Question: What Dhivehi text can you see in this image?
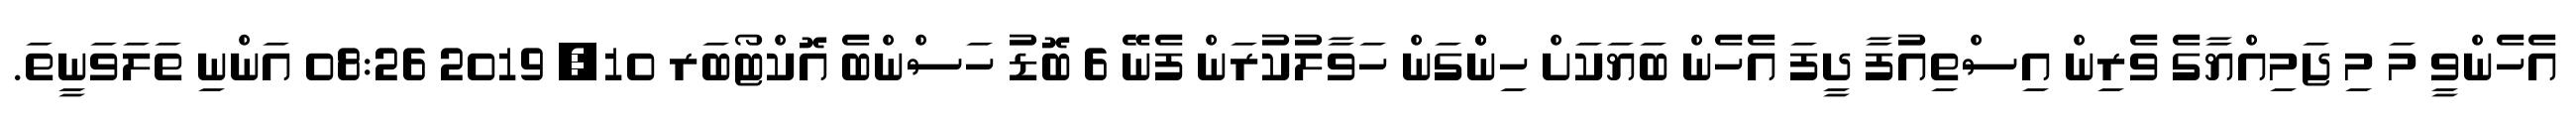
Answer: އެހެންވީ މަ މި ޖަމިއްޔާގެ ވެރިން އިސްތިއުފާ ދީފަ އެހެން ބަޔަކަށް ހިންްގަން ހަވާލުކުރަން ފެނޭ 6 ބޮޑު ހަސްންބެ އޮކްޓޯބަރ 10, 2019 08:26 އަންނި ތަލަވަނީތަ.